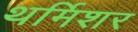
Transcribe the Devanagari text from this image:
थर्मिशर